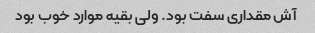
آش مقداری سفت بود. ولی بقیه موارد خوب بود